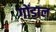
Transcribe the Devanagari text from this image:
गोंडाल